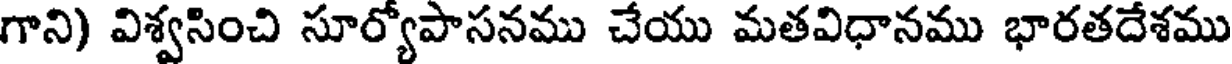
గాని) విశ్వసించి సూర్యోపాసనము చేయు మతవిధానము భారతదేశము